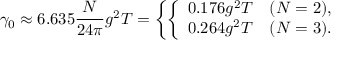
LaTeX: \gamma _ { 0 } \approx 6 . 6 3 5 { \frac { N } { 2 4 \pi } } g ^ { 2 } T = \left\{ \left\{ \begin{array} { l l } { { 0 . 1 7 6 g ^ { 2 } T } } & { { ( N = 2 ) , } } \\ { { 0 . 2 6 4 g ^ { 2 } T } } & { { ( N = 3 ) . } } \end{array} \right. \right.